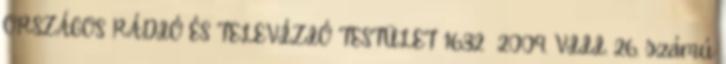
ORSZÁGOS RÁDIÓ ÉS TELEVÍZIÓ TESTÜLET 1632 2009. VIII. 26. számú